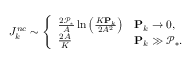
J _ { k } ^ { n c } \sim \left\{ \begin{array} { l l } { { \frac { 2 \mathcal { P } _ { * } } { A } } \ln \left( { \frac { K \mathbf { P } _ { k } } { 2 A ^ { 2 } } } \right) } & { \mathbf { P } _ { k } \to 0 , } \\ { { \frac { 2 A } { K } } } & { \mathbf { P } _ { k } \gg \mathcal { P } _ { * } . } \end{array} \right.